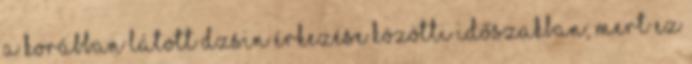
a korábban látott Dzsin érkezése közötti időszakban, mert ez